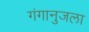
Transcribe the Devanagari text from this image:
गंगानुजला